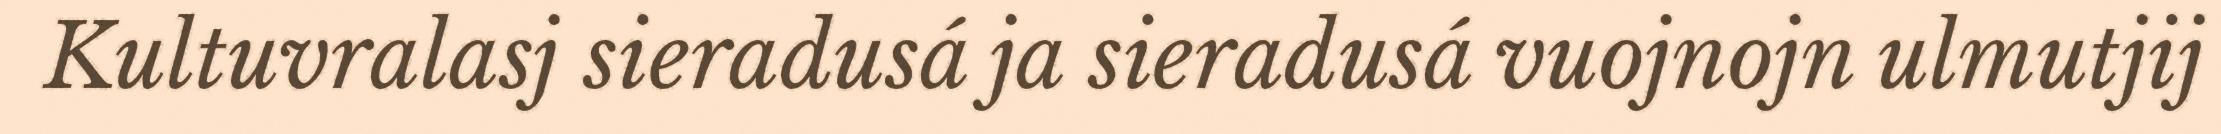
Kultuvralasj sieradusá ja sieradusá vuojnojn ulmutjij